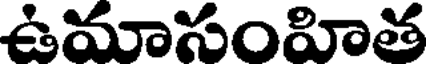
ఉమాసంహిత